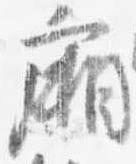
廂